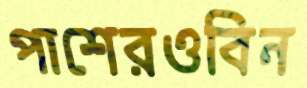
পাশেরওবিন